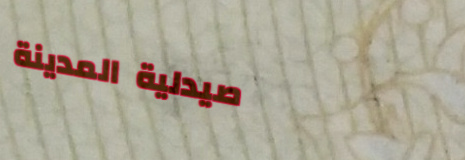
صيدلية المدينة